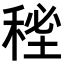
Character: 𥟚